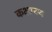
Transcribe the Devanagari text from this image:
कक्षास्थ